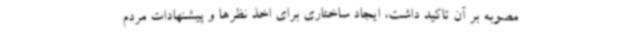
مصوبه بر آن تاکید داشت، ایجاد ساختاری برای اخذ نظرها و پیشنهادات مردم